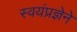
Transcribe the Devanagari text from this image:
स्वयंप्रज्ञेने